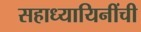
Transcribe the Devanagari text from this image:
सहाध्यायिनींची